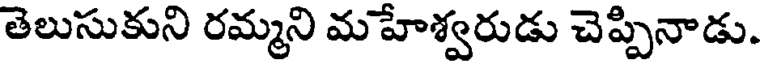
తెలుసుకుని రమ్మని మహేశ్వరుడు చెప్పినాడు.